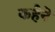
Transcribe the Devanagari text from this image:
कहेने